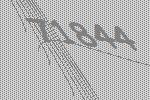
71844